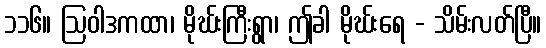
၁၁၆။ ဩဝါဒကထာ၊ မိုဃ်းကြီးရွာ၊ ဤခါ မိုဃ်းရေ - သိမ်းလတ်ပြီ။